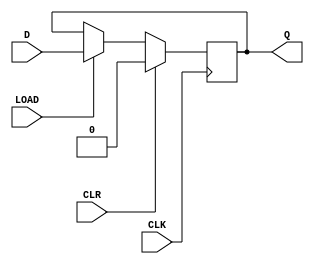
module d_flip_flop (
    input D,
    input CLK,
    input CLR,
    input LOAD,
    output reg Q
);

always @(posedge CLK) begin
    if (CLR) begin
        Q <= 1'b0;
    end else begin
        if (LOAD) begin
            Q <= D;
        end
    end
end

endmodule